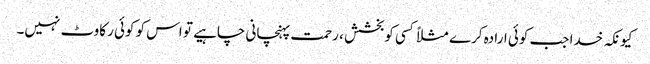
کیونکہ خدا جب کوئی ارادہ کرے مثلاً کسی کوبخشش ، رحمت پہنچانی چاہیے تو اس کو کوئی رکاوٹ نہیں۔